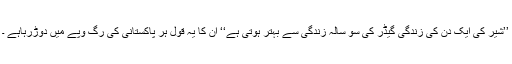
’’شیر کی ایک دن کی زندگی گیڈر کی سو سالہ زندگی سے بہتر ہوتی ہے‘‘ ان کا یہ قول ہر پاکستانی کی رگ وپے میں دوڑرہاہے ۔